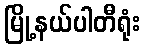
မြို့နယ်ပါတီရုံး